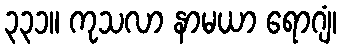
၃၃၁။ ကုသလာ နာမယာ ရောဂျံ၊